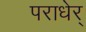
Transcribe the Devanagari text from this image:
पराधेर्